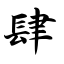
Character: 肆